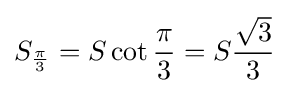
S_{\frac {\pi }{3}}=S\cot {\frac {\pi }{3}}=S{\frac {\sqrt {3}}{3}}